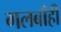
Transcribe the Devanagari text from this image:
गलबाँही